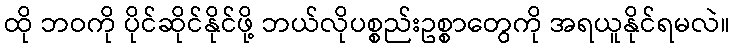
ထို ဘဝကို ပိုင်ဆိုင်နိုင်ဖို့ ဘယ်လိုပစ္စည်းဥစ္စာတွေကို အရယူနိုင်ရမလဲ။